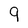
Character: 9